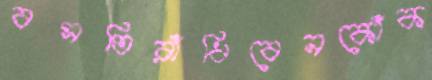
বসতিরাঁধিবেনকোঁক